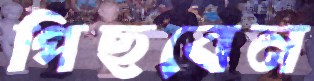
পিছবেন